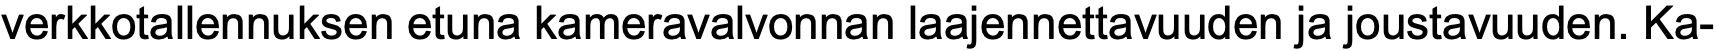
verkkotallennuksen etuna kameravalvonnan laajennettavuuden ja joustavuuden. Ka-